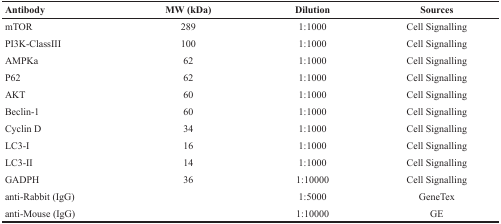
| Antibody | MW (kDa) | Dilution | Sources |
 | --- | --- | --- | --- |
 | mTOR | 289 | 1:1000 | Cell Signalling |
 | PI3K-ClassIII | 100 | 1:1000 | Cell Signalling |
 | AMPKa | 62 | 1:1000 | Cell Signalling |
 | P62 | 62 | 1:1000 | Cell Signalling |
 | AKT | 60 | 1:1000 | Cell Signalling |
 | Beclin-1 | 60 | 1:1000 | Cell Signalling |
 | Cyclin D | 34 | 1:1000 | Cell Signalling |
 | LC3-I | 16 | 1:1000 | Cell Signalling |
 | LC3-II | 14 | 1:1000 | Cell Signalling |
 | GADPH | 36 | 1:10000 | Cell Signalling |
 | anti-Rabbit (IgG) |  | 1:5000 | GeneTex |
 | anti-Mouse (IgG) |  | 1:10000 | GE |